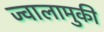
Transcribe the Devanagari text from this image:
ज्वालामुकी